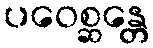
ပဝေစ္ဆန္တေ